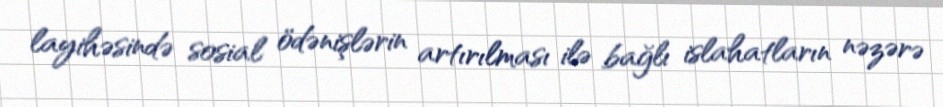
layihəsində sosial ödənişlərin artırılması ilə bağlı islahatların nəzərə